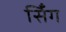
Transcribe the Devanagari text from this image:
सिँग